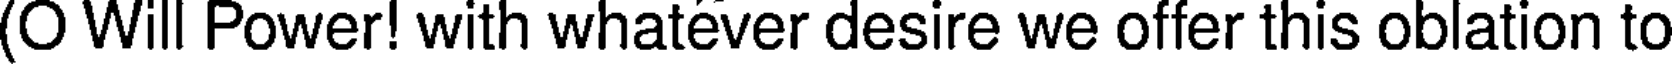
(O Will Power! with whatever desire we offer this oblation to